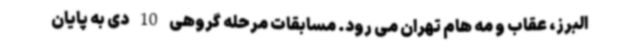
البرز، عقاب و مه هام تهران می رود. مسابقات مرحله گروهی 10 دی به پایان